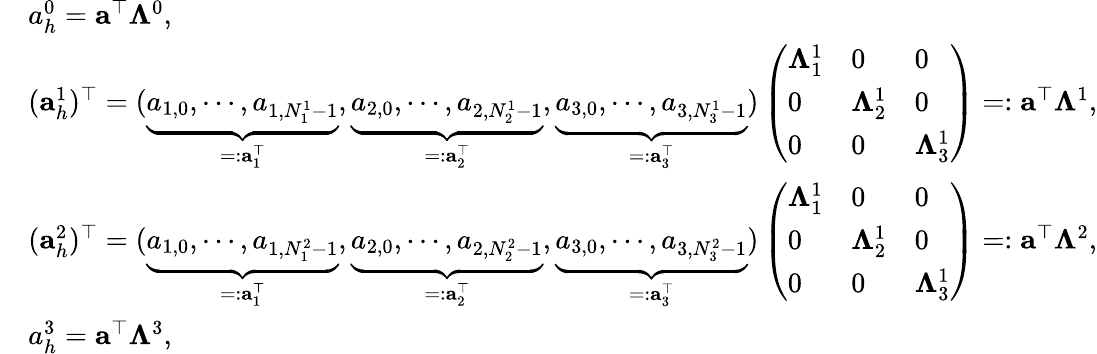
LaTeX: \begin{array}{rl}&{{a}_{h}^{0}={\mathbf a}^{\top}{\mathbf\Lambda}^{0},}\\ &{({\mathbf a}_{h}^{1})^{\top}=(\underbrace{a_{1,0},\cdots,a_{1,N_{1}^{1}-1}}_{=:{\mathbf a}_{1}^{\top}},\underbrace{a_{2,0},\cdots,a_{2,N_{2}^{1}-1}}_{=:{\mathbf a}_{2}^{\top}},\underbrace{a_{3,0},\cdots,a_{3,N_{3}^{1}-1}}_{=:{\mathbf a}_{3}^{\top}})\left(\begin{array}{lll}{{\mathbf\Lambda}_{1}^{1}}&{0}&{0}\\ {0}&{{\mathbf\Lambda}_{2}^{1}}&{0}\\ {0}&{0}&{{\mathbf\Lambda}_{3}^{1}}\end{array}\right)=:{\mathbf a}^{\top}\mathbb{\Lambda}^{1},}\\ &{({\mathbf a}_{h}^{2})^{\top}=(\underbrace{a_{1,0},\cdots,a_{1,N_{1}^{2}-1}}_{=:{\mathbf a}_{1}^{\top}},\underbrace{a_{2,0},\cdots,a_{2,N_{2}^{2}-1}}_{=:{\mathbf a}_{2}^{\top}},\underbrace{a_{3,0},\cdots,a_{3,N_{3}^{2}-1}}_{=:{\mathbf a}_{3}^{\top}})\left(\begin{array}{lll}{{\mathbf\Lambda}_{1}^{1}}&{0}&{0}\\ {0}&{{\mathbf\Lambda}_{2}^{1}}&{0}\\ {0}&{0}&{{\mathbf\Lambda}_{3}^{1}}\end{array}\right)=:{\mathbf a}^{\top}\mathbb{\Lambda}^{2},}\\ &{{a}_{h}^{3}={\mathbf a}^{\top}{\mathbf\Lambda}^{3},}\end{array}